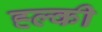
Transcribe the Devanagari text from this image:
ह्ल्की